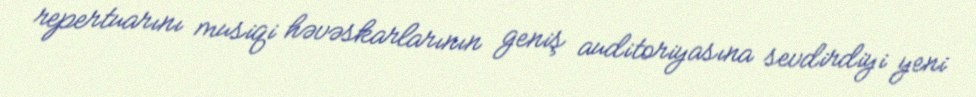
repertuarını musiqi həvəskarlarının geniş auditoriyasına sevdirdiyi yeni